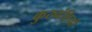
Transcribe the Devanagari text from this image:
कुरुवंशियों